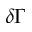
\delta \Gamma